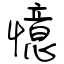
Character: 憶